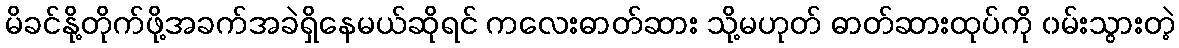
မိခင်နို့တိုက်ဖို့အခက်အခဲရှိနေမယ်ဆိုရင် ကလေးဓာတ်ဆား သို့မဟုတ် ဓာတ်ဆားထုပ်ကို ၀မ်းသွားတဲ့